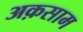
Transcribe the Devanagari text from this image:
अक़साम